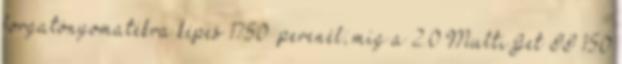
forgatónyomatékra képes 1750 percnél; míg a 2.0 MultiJet II 150